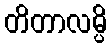
တိတာလမ္ပိ